Vaccination in Bombay 1863-1868 - 1863-1868
Year: 1863
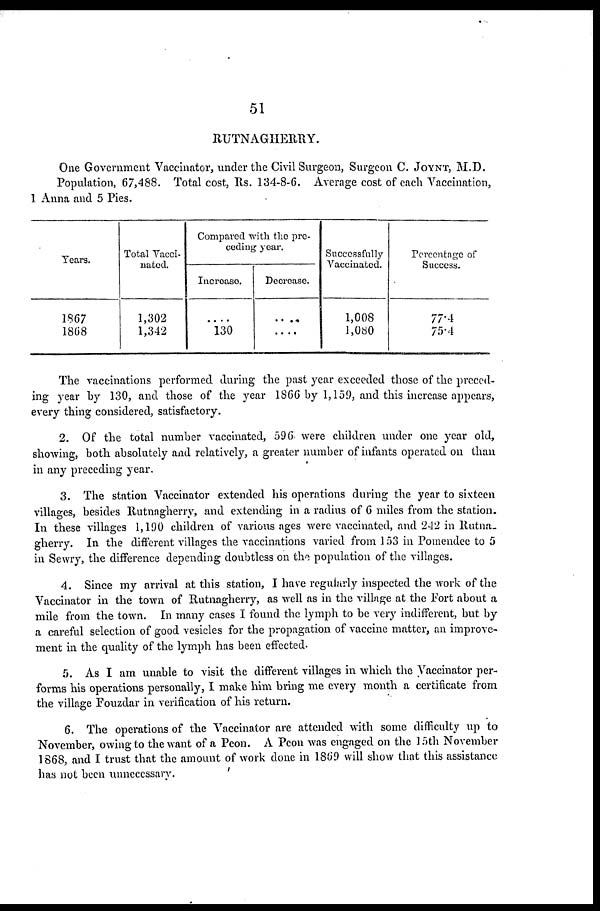
51
RUTNAGHERRY.
One Government Vaccinator, under the Civil Surgeon, Surgeon C. JOYNT, M.D.
Population, 67,488. Total cost, Rs. 134-8-6. Average cost of each Vaccination,
1 Anna and 5 Pies.
Years.
1867
1868
Total Vacci-
nated.
1,302
1,342
Compared with the pre-
ceding year.
Increase.
....
130
Decrease.
....
....
Successfully
Vaccinated.
1,008
1,080
Percentage of
Success.
77.4
75.4
The vaccinations performed during the past year exceeded those of the preced-
ing year by 130, and those of the year 1866 by 1,159, and this increase appears,
every thing considered, satisfactory.
2. Of the total number vaccinated, 596 were children under one year old,
showing, both, absolutely and relatively, a greater number of infants operated on than
in any preceding year.
3. The station Vaccinator extended his operations during the year to sixteen
villages, besides Rutnagherry, and extending in a radius of 6 miles from the station.
In these villages 1,190 children of various ages were vaccinated, and 242 in Rutna-
gherry. In the different villages the vaccinations varied from 153 in Pomendee to 5
in Sewry, the difference depending doubtless on the population of the villages.
4. Since my arrival at this station, I have regularly inspected the work of the
Vaccinator in the town of Rutnagherry, as well as in the village at the Fort about a
mile from the town. In many cases I found the lymph to be very indifferent, but by
a careful selection of good vesicles for the propagation of vaccine matter, an improve-
ment in the quality of the lymph has been effected.
5. As I am unable to visit the different villages in which the Vaccinator per-
forms his operations personally, I make him bring me every month a certificate from
the village Fouzdar in verification of his return.
6. The operations of the Vaccinator are attended with some difficulty up to
November, owing to the want of a Peon. A Peon was engaged on the 15th November
1868, and I trust that the amount of work done in 1869 will show that this assistance
has not been unnecessary.